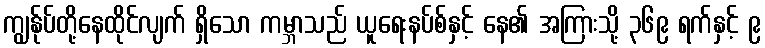
ကျွန်ုပ်တို့နေထိုင်လျက် ရှိသော ကမ္ဘာသည် ယူရေးနပ်စ်နှင့် နေ၏ အကြားသို့ ၃၆၉ ရက်နှင့် ၉